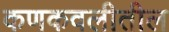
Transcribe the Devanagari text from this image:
कणकवलीतील